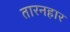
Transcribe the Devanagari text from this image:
तारनहार